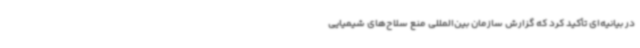
در بیانیه‌ای تأکید کرد که گزارش سازمان بین‌المللی منع سلاح‌های شیمیایی